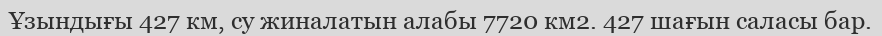
Ұзындығы 427 км, су жиналатын алабы 7720 км2. 427 шағын саласы бар.